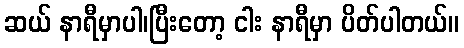
ဆယ် နာရီမှာပါ၊ပြီးတော့ ငါး နာရီမှာ ပိတ်ပါတယ်။